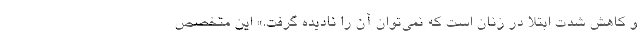
و کاهش شدت ابتلا در زنان است که نمی‌توان آن را نادیده گرفت.» این متخصص